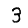
Digit: 3